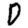
Digit: 0